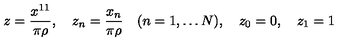
z = \frac { x ^ { 1 1 } } { \pi \rho } , \quad z _ { n } = \frac { x _ { n } } { \pi \rho } \quad ( n = 1 , \ldots N ) , \quad z _ { 0 } = 0 , \quad z _ { 1 } = 1